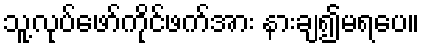
သူ့လုပ်ဖော်ကိုင်ဖက်အား နားချ၍မရပေ။